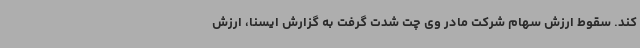
کند. سقوط ارزش سهام شرکت مادر وی چت شدت گرفت به گزارش ایسنا، ارزش